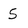
Character: S